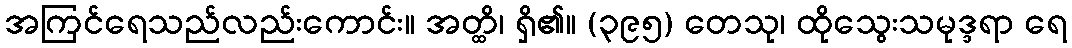
အကြင်ရေသည်လည်းကောင်း။ အတ္ထိ၊ ရှိ၏။ (၃၉၅) တေသု၊ ထိုသွေးသမုဒ္ဒရာ ရေ